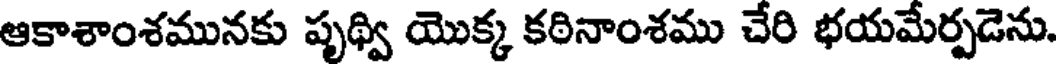
ఆకాశాంశమునకు పృథ్వి యొక్క కఠినాంశము చేరి భయమేర్పడెను.